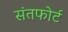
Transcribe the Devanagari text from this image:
संतफोर्ट